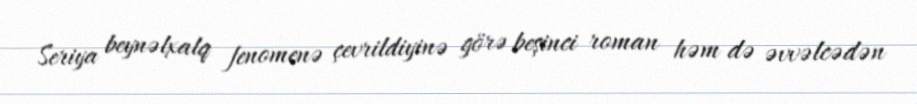
Seriya beynəlxalq fenomenə çevrildiyinə görə beşinci roman həm də əvvəlcədən